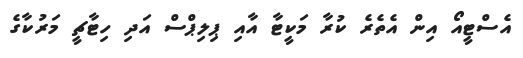
އެސްޓީއޯ އިން އެތެރެ ކުރާ މަކީޓާ އާއި ޕިލިޕްސް އަދި ހިޓާޗީ މަރުކާގެ